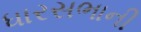
ધારસભાની